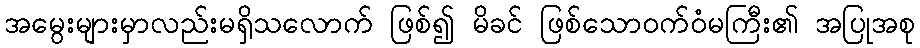
အမွေးများမှာလည်းမရှိသလောက် ဖြစ်၍ မိခင် ဖြစ်သောဝက်ဝံမကြီး၏ အပြုအစု